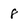
Character: 8